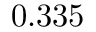
0 . 3 3 5